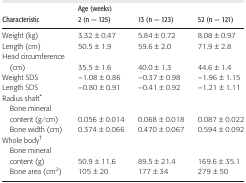
| Characteristic | Age (weeks) 2 (n = 125) | 13 (n = 123) | 52 (n = 121) |
 | --- | --- | --- | --- |
 | Weight (kg) | 3.32 ± 0.47 | 5.84 ± 0.72 | 8.08 ± 0.97 |
 | Length (cm) | 50.5 ± 1.9 | 59.6 ± 2.0 | 71.9 ± 2.8 |
 | Head circumference |  |  |  |
 | (cm) | 35.5 ± 1.6 | 40.0 ± 1.3 | 44.6 ± 1.4 |
 | Weight SDS | −1.08 ± 0.86 | −0.37 ± 0.98 | −1.96 ± 1.15 |
 | Length SDS | −0.80 ± 0.91 | −0.41 ± 0.92 | −1.21 ± 1.11 |
 | <COLSPAN=4> Radius shaft* |
 | Bone mineral |  |  |  |
 | content (g/cm) | 0.056 ± 0.014 | 0.068 ± 0.018 | 0.087 ± 0.022 |
 | Bone width (cm) | 0.374 ± 0.066 | 0.470 ± 0.067 | 0.594 ± 0.092 |
 | <COLSPAN=4> Whole body† |
 | Bone mineral |  |  |  |
 | content (g) | 50.9 ± 11.6 | 89.5 ± 21.4 | 169.6 ± 35.1 |
 | Bone area (cm2) | 105 ± 20 | 177 ± 34 | 279 ± 50 |